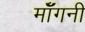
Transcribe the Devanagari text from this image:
मॉँगनी